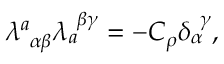
\lambda _ { ~ \alpha \beta } ^ { a } \lambda _ { a } ^ { ~ \beta \gamma } = - C _ { \rho } \delta _ { \alpha } ^ { ~ \gamma } ,